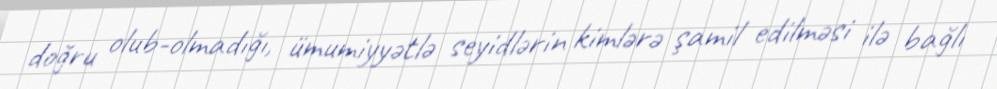
doğru olub-olmadığı, ümumiyyətlə seyidlərin kimlərə şamil edilməsi ilə bağlı